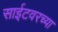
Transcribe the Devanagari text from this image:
साईटवरच्या